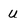
Character: u